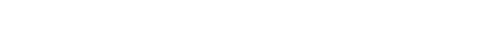
ကိုကြီးကျော်ပွဲတော်ကွင်းတွင် ဟိုတုန်းကလို နတ်ကရား ကြည့်မော့ ဟိုငေး သည်ငေးလုပ်ပြီး